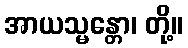
အာယသ္မန္တော၊ တို့။